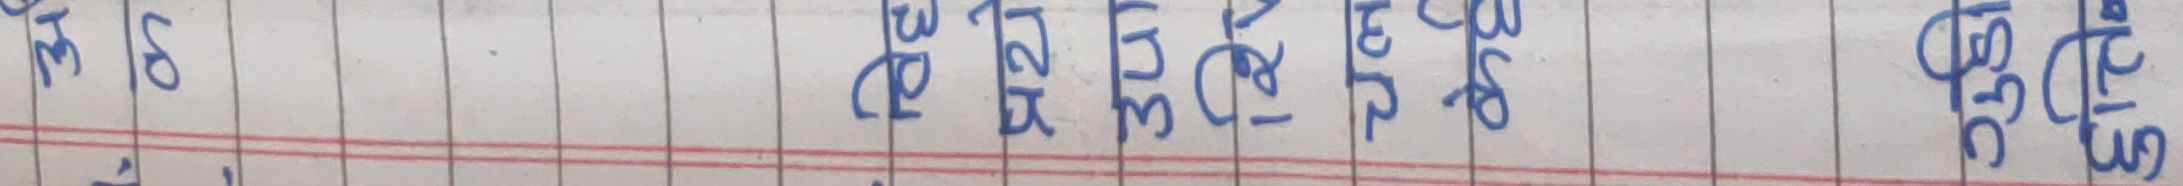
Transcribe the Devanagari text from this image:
३१ जेठ शुक्रबार